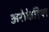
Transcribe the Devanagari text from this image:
अरोकेरिया